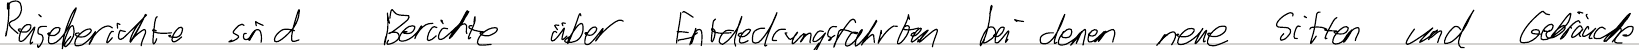
Reiseberichte sind Berichte über Entdeckungsfahrten bei denen neue Sitten und Gebräuche